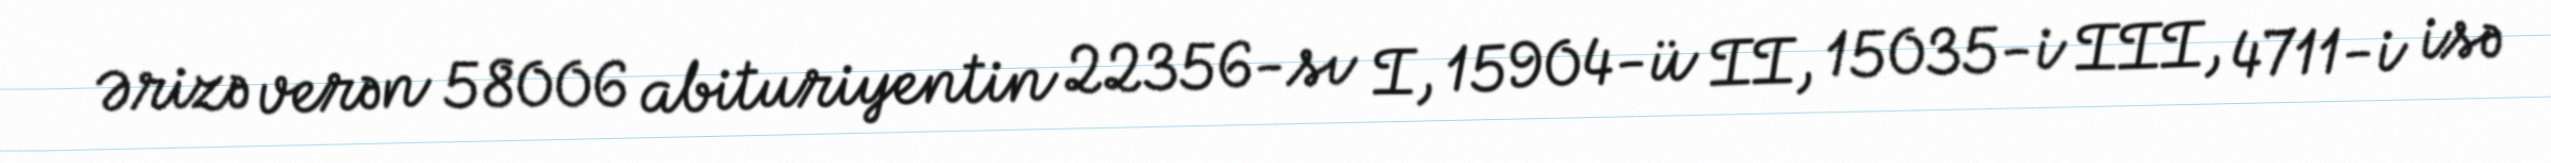
Ərizə verən 58006 abituriyentin 22356-sı I, 15904-ü II, 15035-i III, 4711-i isə